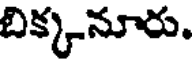
బిక్కనూరు.